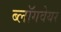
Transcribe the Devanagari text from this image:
ब्लॉगवेयर